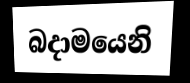
බදාමයෙනි